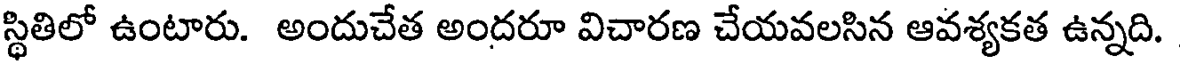
స్థితిలో ఉంటారు. అందుచేత అందరూ విచారణ చేయవలసిన ఆవశ్యకత ఉన్నది.